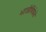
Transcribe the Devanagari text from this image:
भाजीविक्रेते